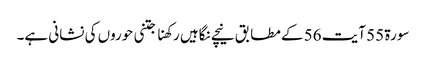
سورۃ 55 آیت 56 کے مطابق نیچے نگاہیں رکھنا جتنی حوروں کی نشانی ہے۔